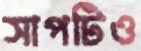
সাপটিও